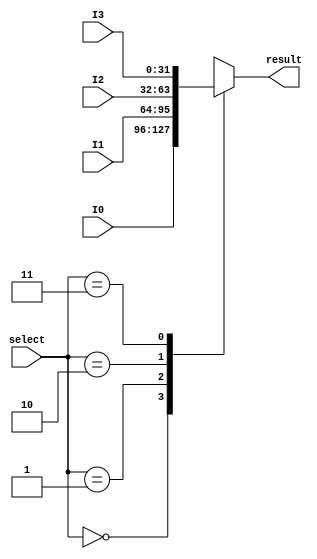
module Mux4to1 (
    output reg  [31:0]  result,
    input       [1:0]   select,
    input       [31:0]  I0,
    input       [31:0]  I1,
    input       [31:0]  I2,
    input       [31:0]  I3,
);
parameter P0 = 2'b00;
parameter P1 = 2'b01;
parameter P2 = 2'b10;
parameter P3 = 2'b11;

    always @(*) begin
        case (select)
            P0: begin
                result = I0;
            end
            P1: begin
                result = I1;
            end
            P2: begin
                result = I2;
            end
            P3: begin
                result = I3;
            end
        endcase
    end
endmodule